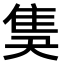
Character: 𨾗